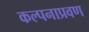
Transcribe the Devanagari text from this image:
कल्पनाप्रवण